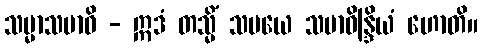
သမ္မာသမာဓိ - ဣဒံ တသ္မိံ သမယေ သမာဓိန္ဒြိယံ ဟောတိ။